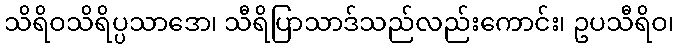
သိရိဝသိရိပ္ပသာဒော၊ သီရိပြာသာဒ်သည်လည်းကောင်း၊ ဥပသီရိဝ၊